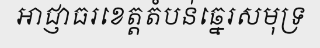
អាជ្ញាធរខេត្តតំបន់ឆ្នេរសមុទ្រ